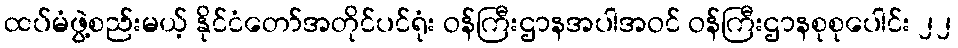
ထပ်မံဖွဲ့စည်းမယ့် နိုင်ငံတော်အတိုင်ပင်ရုံး ဝန်ကြီးဌာနအပါအဝင် ဝန်ကြီးဌာနစုစုပေါင်း ၂၂